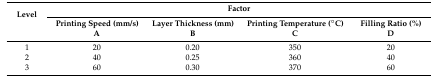
| <ROWSPAN=2> Level | <COLSPAN=4> Factor |
 | Printing Speed (mm/s)A | Layer Thickness (mm)B | Printing Temperature (°C)C | Filling Ratio (%)D |
 | --- | --- | --- | --- | --- |
 | 1 | 20 | 0.20 | 350 | 20 |
 | 2 | 40 | 0.25 | 360 | 40 |
 | 3 | 60 | 0.30 | 370 | 60 |